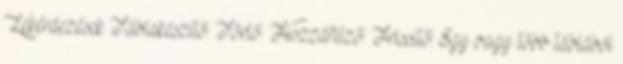
Lekérdezések Táblakészítő: Törlő: Hozzáfűző: Frissítő: Egy vagy több táblából